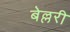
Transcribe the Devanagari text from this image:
बेल्लरी